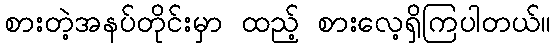
စားတဲ့အနပ်တိုင်းမှာ ထည့် စားလေ့ရှိကြပါတယ်။